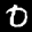
Label: 0